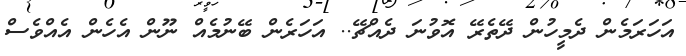
އަހަރަމެން ދެމީހުން ދޭތެރޭ އޮވުނަ ދެއްޗޭ.. އަހަރެން ބޭނުމެއް ނޫން އެހެން އެއްވެސް